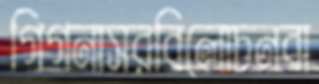
গিগনাসরবিলোচনবা